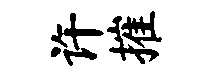
许摧